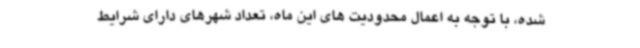
شده، با توجه به اعمال محدودیت های این ماه، تعداد شهرهای دارای شرایط